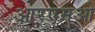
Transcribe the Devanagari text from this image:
आरएमओ